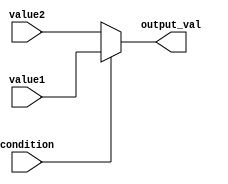
module conditional_assignment (
    input wire condition,        // Condition signal (single-bit)
    input wire [7:0] value1,    // First possible value (8-bit)
    input wire [7:0] value2,    // Second possible value (8-bit)
    output reg [7:0] output_val  // Output signal (8-bit)
);

// Combinational logic for conditional assignment
always @(*) begin
    output_val = (condition) ? value1 : value2; // Conditional operator assignment
end

endmodule